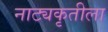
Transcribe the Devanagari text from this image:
नाट्यकृतीला